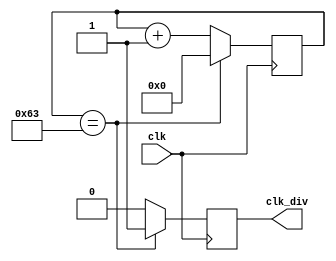
module dividerby100 (
    input wire clk,
    output wire clk_div
);

    reg [6:0] count = 0;
    reg is10 = 0;
    assign clk_div = is10;

    always @ (posedge clk) begin
        count <= count + 1;

        if (count == 7'd99) 
        begin
            is10 <= 1;
            count <= 0;
        end

        else
        begin
            is10 <= 0;
        end
    end
endmodule